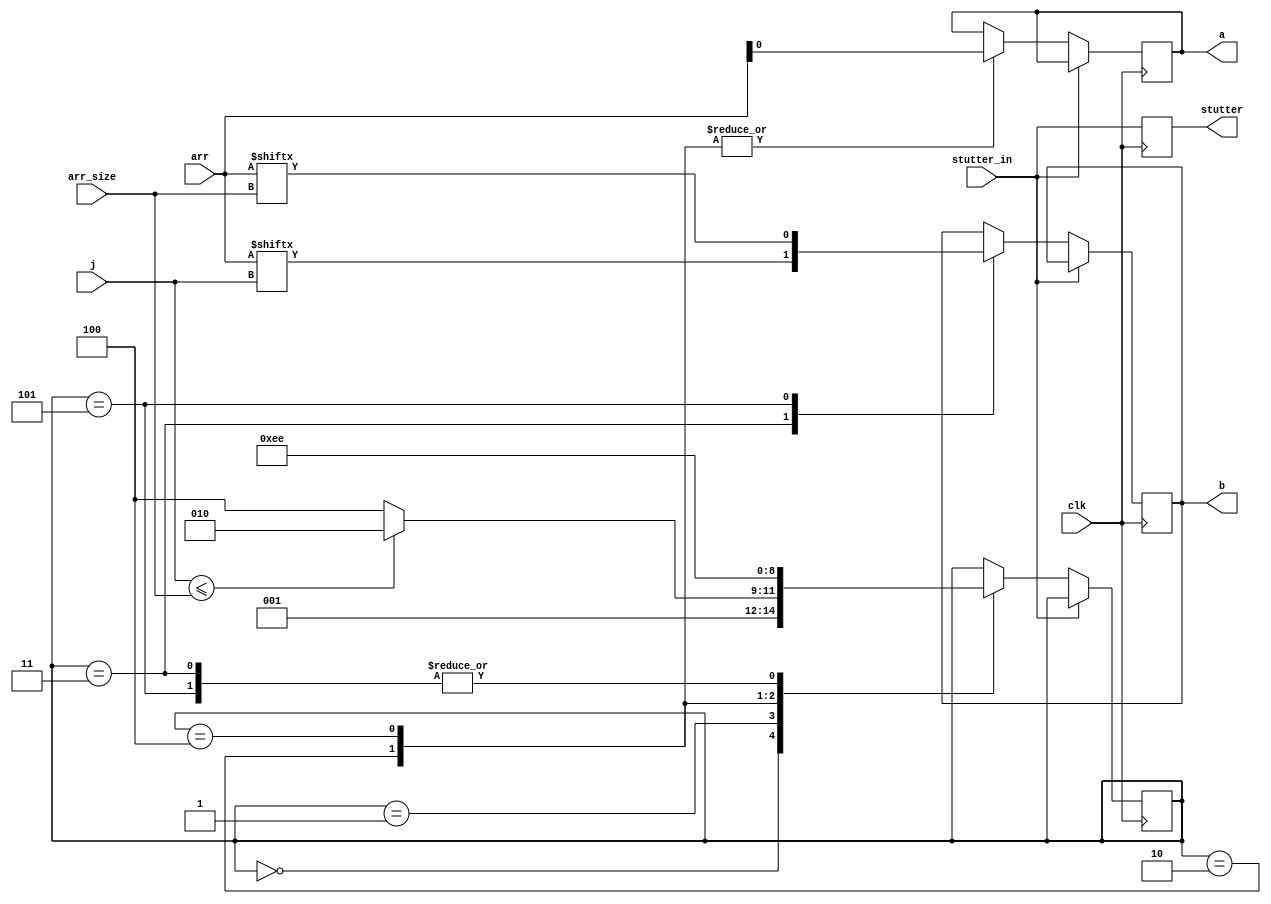
module SOURCE_CODEBLOCK(
    input clk,
    input stutter_in,
    input j, arr_size,
    input [1:0] arr,

    output reg a,b, stutter
);

    reg [2:0] computation_step;
    initial begin
        computation_step <= 0;
        a <= 0;
        b <= 0;
        stutter <= 0;
    end

    always @(posedge clk) begin
        stutter <= stutter_in;
        if (!stutter_in) begin
            case (computation_step)
                0: begin
                    computation_step <= 1;
                end
                1:
                begin
                    computation_step <= (j <= arr_size) ? 2:4;
                end
                2:
                begin
                    a <= arr[0];
                    computation_step <= 3;
                end
                3:
                begin
                    b <= arr[j];
                    computation_step <= 6;
                end
                4:
                begin
                    a <= arr[0];
                    computation_step <= 5;
                end
                5:
                begin
                    b <= arr[arr_size];
                    computation_step <= 6;
                end
                6:
                begin
                    
                end
            endcase
        end
    end

endmodule